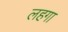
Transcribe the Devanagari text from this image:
लहगा